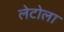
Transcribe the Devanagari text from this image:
लेटोला